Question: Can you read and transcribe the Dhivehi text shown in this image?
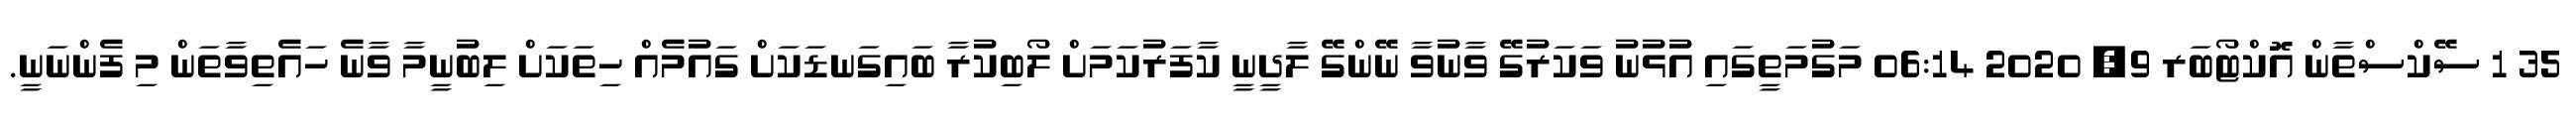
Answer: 35 1 ސޭކްސްތާން އޮކްޓޯބަރ 9, 2020 06:14 މަގުމަތީގައި އުޅުނު ވަކަރުގޭ ވާނުވާ ނޭންގޭ ލާދީނީ ކާފަރުކަމަށް ލޯބިކުރާ ބައިގަނޑަކަށް ގައުމެއް ހިތަކަށް ލިބުނީމާ ވާނެ ހައެތިވާތަން މި ފެންނަނީ.